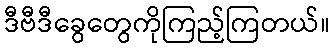
ဒီဗီဒီခွေတွေကိုကြည့်ကြတယ်။